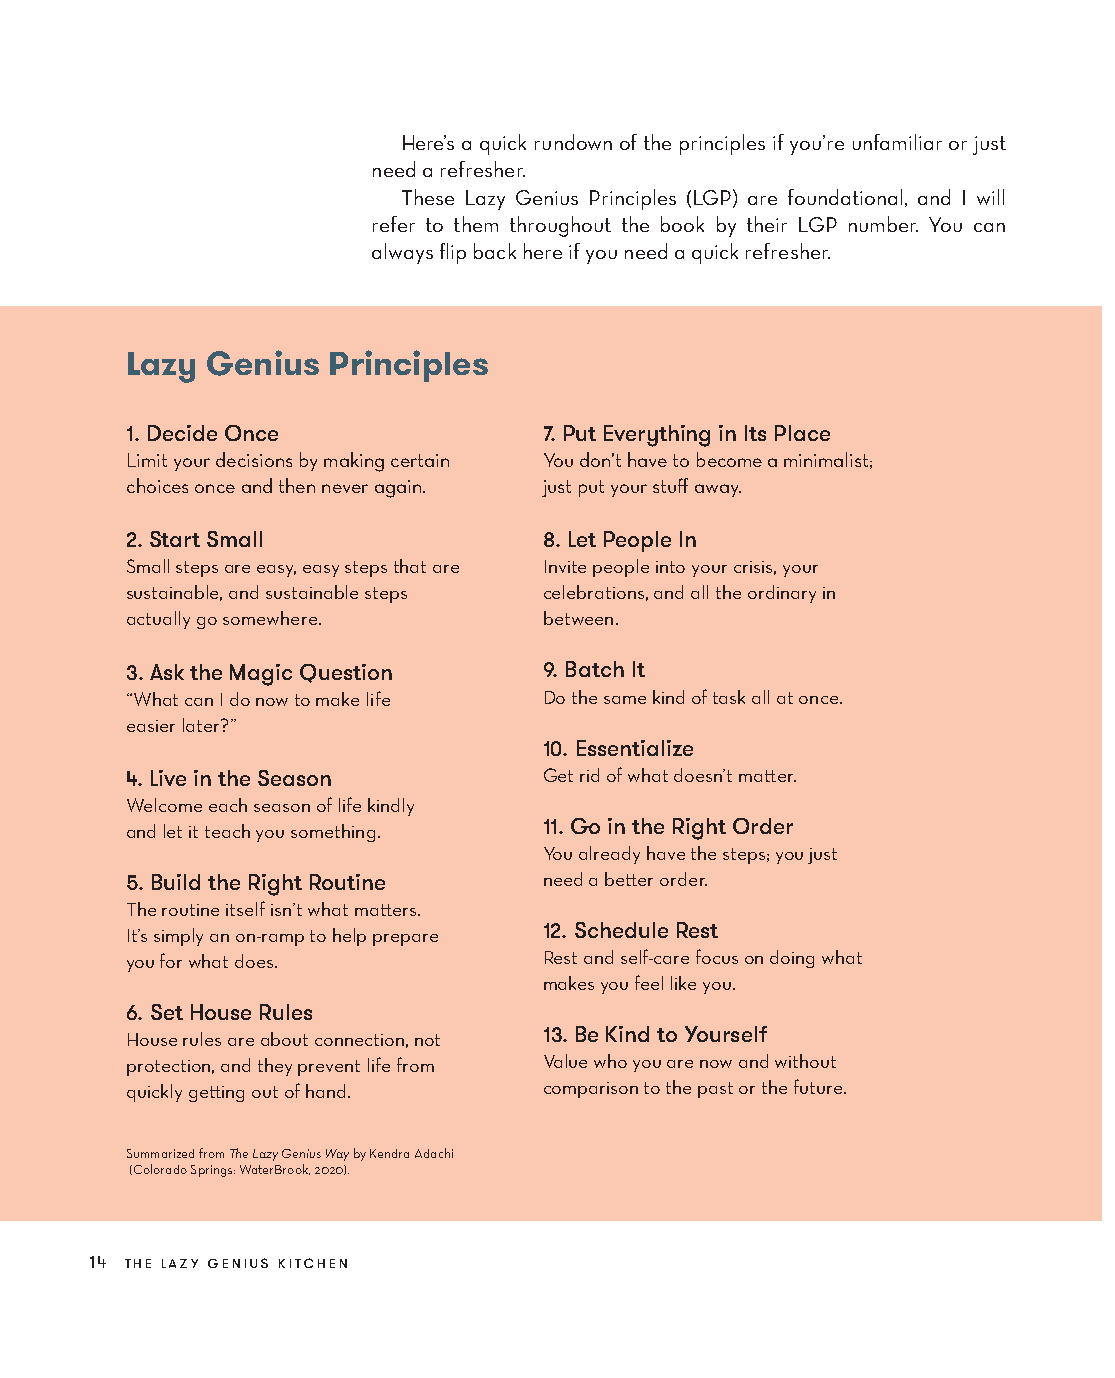
Here’s a quick rundown of the principles if you’re unfamiliar or just
 need a refresher.
 These Lazy Genius Principles (LGP) are foundational, and I will
 refer to them throughout the book by their LGP number. You can
 always flip back here if you need a quick refresher.
 Lazy Genius  Principles
 1.Decide Once              7.Put Everything in Its Place
 Limit your decisions by making certain You don’t have to become a minimalist;
 choices once and then never again. just put your stuff away.
 2.Start Small              8.Let People In
 Small steps are easy, easy steps that are Invite people into your crisis, your
 sustainable, and sustainable steps celebrations, and all the ordinary in
 actually go somewhere.     between.
 3.Ask the Magic Question   9.Batch It
 “What can I do now to make life Do the same kind of task all at once.
 easier later?”
 10.Essentialize
 4.Live in the Season       Get rid of what doesn’t matter.
 Welcome each season of life kindly
 and let it teach you something. 11.Go in the Right Order
 You already have the steps; you just
 5.Build the Right Routine  need a better order.
 The routine itself isn’t what matters.
 It’s simply an on-ramp to help prepare 12.Schedule Rest
 you for what does.         Rest and self-care focus on doing what
 makes you feel like you.
 6.Set House Rules
 House rules are about connection, not 13.Be Kind to Yourself
 protection, and they prevent life from Value who you are now and without
 quickly getting out of hand. comparison to the past or the future.
 Summarized from The Lazy Genius Way by Kendra Adachi
 (Colorado Springs: WaterBrook, 2020).
 14 the lazy genius kitchen
 AAddaacc__99778800552255665533994433__aallll__55pp__rr22..iinndddd 1144 1100//2222//2211 99::1177 AAMM